Report on horse surra - Volume II, Part I
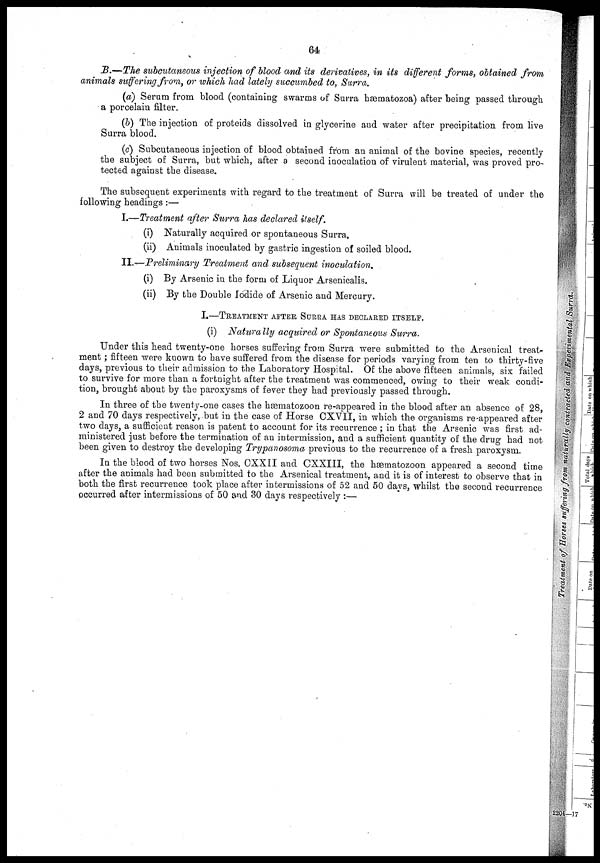
64
B.—The subcutaneous injection of blood and its derivatives, in its different forms, obtained from
animals suffering from, or which had lately succumbed to, Surra.
(a) Serum from blood (containing swarms of Surra hæmatozoa) after being passed through
a porcelain filter.
(b) The injection of proteids dissolved in glycerine and water after precipitation from live
Surra blood.
(c) Subcutaneous injection of blood obtained from an animal of the bovine species, recently
the subject of Surra, but which, after a second inoculation of virulent material, was proved pro-
tected against the disease.
The subsequent experiments with regard to the treatment of Surra will be treated of under the
following headings:—
I.—Treatment after Surra has declared itself.
(i) Naturally acquired or spontaneous Surra.
(ii) Animals inoculated by gastric ingestion of soiled blood.
II.—Preliminary Treatment and subsequent inoculation.
(i) By Arsenic in the form of Liquor Arsenicalis.
(ii) By the Double Iodide of Arsenic and Mercury.
I.—TREATMENT AFTER, SURRA HAS DECLARED ITSELF.
(i) Naturally acquired or Spontaneous Surra.
Under this head twenty-one horses suffering from Surra were submitted to the Arsenical treat-
ment; fifteen were known to have suffered from the disease for periods varying from ten to thirty-five
days, previous to their admission to the Laboratory Hospital. Of the above fifteen animals, six failed
to survive for more than a fortnight after the treatment was commenced, owing to their weak condi-
tion, brought about by the paroxysms of fever they had previously passed through.
In three of the twenty-one cases the hæmatozoon re-appeared in the blood after an absence of 28,
2 and 70 days respectively, but in the case of Horse CXVII, in which the organisms re-appeared after
two days, a sufficient reason is patent to account for its recurrence ; in that the Arsenic was first ad-
ministered just before the termination of an intermission, and a sufficient quantity of the drug had not
been given to destroy the developing Trypanosoma previous to the recurrence of a fresh paroxysm.
In the blood of two horses Nos. CXXII and CXXIII, the hæmatozoon appeared a second time
after the animals had been submitted to the Arsenical treatment, and it is of interest to observe that in
both the first recurrence took place after intermissions of 52 and 50 days, whilst the second recurrence
occurred after intermissions of 50 and 30 days respectively :—